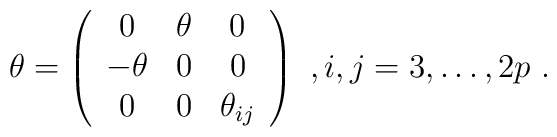
\theta=\left(\begin{array}{ccc}0 & \theta & 0 \\-\theta & 0 & 0 \\0 & 0 & \theta_{ij} \\ \end{array}\right)\ , i, j=3,\dots, 2p \ .